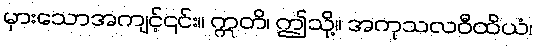
မှားသောအကျင့်၎င်း။ ဣတိ၊ ဤသို့။ အကုသလဝီထိယံ၊